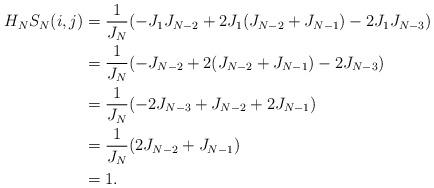
LaTeX: \begin{align*} H_NS_N(i,j)&=\frac{1}{J_N}(-J_1J_{N-2}+2J_1(J_{N-2}+J_{N-1})-2J_1J_{N-3})\\ &=\frac{1}{J_N}(-J_{N-2}+2(J_{N-2}+J_{N-1})-2J_{N-3})\\ &=\frac{1}{J_N}(-2J_{N-3}+J_{N-2}+2J_{N-1})\\ &=\frac{1}{J_N}(2J_{N-2}+J_{N-1})\\ &=1.\end{align*}